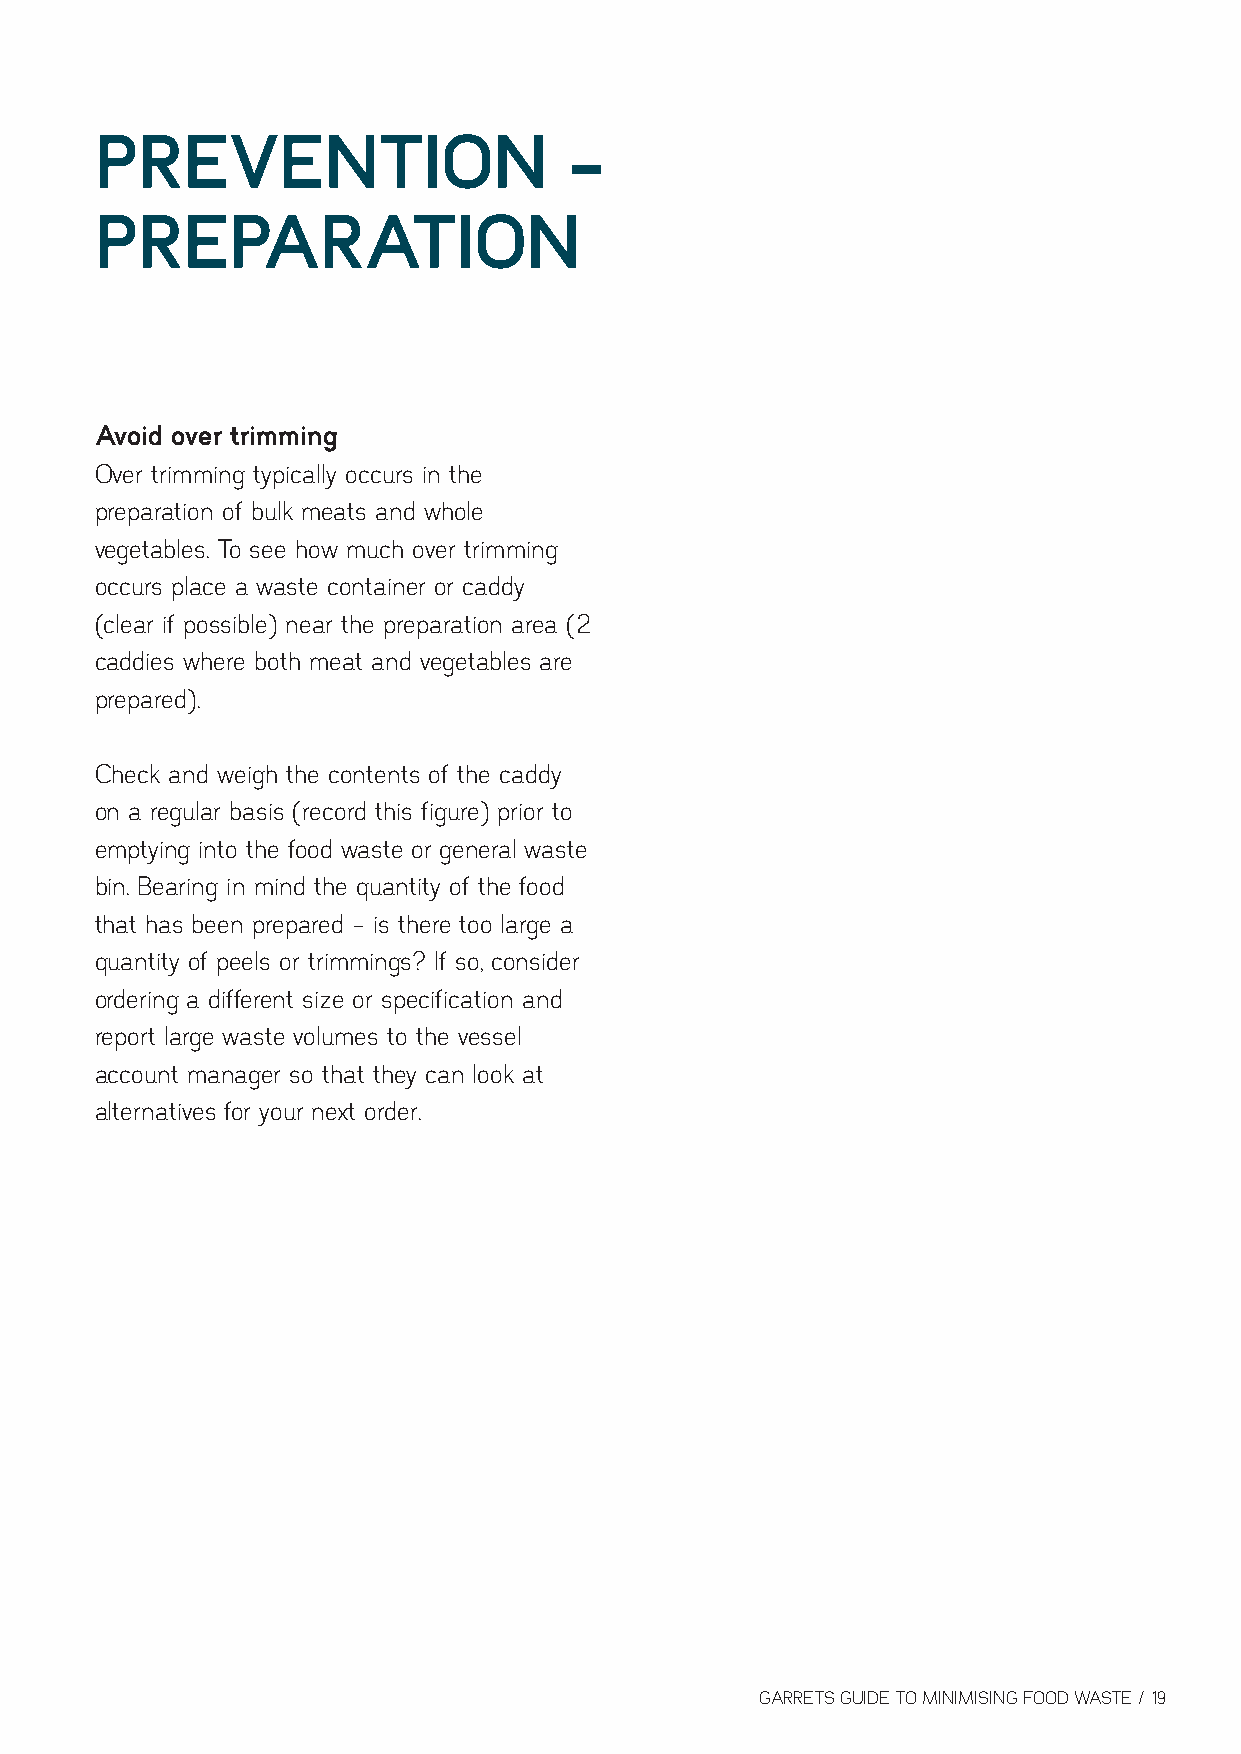
PREVENTION                     -
 PREPARATION
 Avoid over trimming
 Over trimming typically occurs in the
 preparation of bulk meats and whole
 vegetables. To see how much over trimming
 occurs place a waste container or caddy
 (clear if possible) near the preparation area (2
 caddies where both meat and vegetables are
 prepared).
 Check and weigh the contents of the caddy
 on a regular basis (record this figure) prior to
 emptying into the food waste or general waste
 bin. Bearing in mind the quantity of the food
 that has been prepared – is there too large a
 quantity of peels or trimmings? If so, consider
 ordering a different size or specification and
 report large waste volumes to the vessel
 account manager so that they can look at
 alternatives for your next order.
 GARRETS GUIDE TO MINIMISING FOOD WASTE / 19